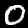
Label: 0